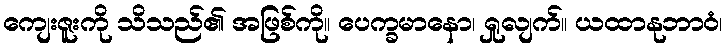
ကျေးဇူးကို သိသည်၏ အဖြစ်ကို။ ပေက္ခမာနော၊ ရှုလျက်။ ယထာနုဘာဝံ၊